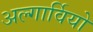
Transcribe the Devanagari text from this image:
अल्गार्वियो